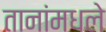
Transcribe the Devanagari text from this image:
तानांमधले